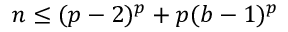
n \leq ( p - 2 ) ^ { p } + p ( b - 1 ) ^ { p }